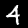
Digit: 4